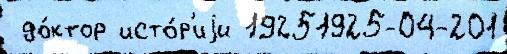
 до́ктор исто́р'иjи 19251925-04-201